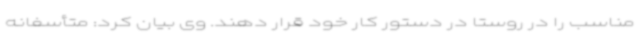
مناسب را در روستا در دستور کار خود قرار دهند. وی بیان کرد: متأسفانه